Annual report of lunatic asylums [Bombay] - 1912-1922
Year: 1912
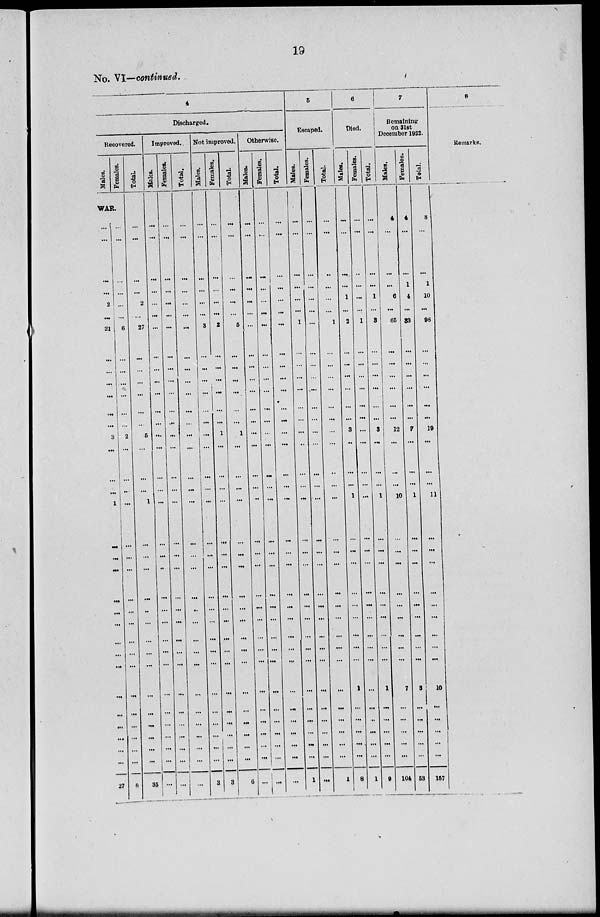
19
No. VI—continued.
4
Recovered.
Males.
Females.
WAR.
...
...
...
...
2
...
21
...
...
...
...
...
...
3
...
...
1
...
...
...
...
...
...
...
...
...
...
...
...
...
...
...
27
...
...
...
...
...
...
6
...
...
...
...
...
...
2
...
...
...
...
...
...
...
...
...
...
...
...
...
...
...
...
...
...
8
Total.
...
...
...
...
2
...
27
...
...
...
...
...
...
5
...
...
1
...
...
...
...
...
...
...
...
...
...
...
...
...
...
...
35
Discharged.
Improved.
Males.
...
...
...
...
...
...
...
...
...
...
...
...
...
...
...
...
...
...
...
...
...
...
...
...
...
...
...
...
...
...
...
...
...
Females.
...
...
...
...
...
...
...
...
...
...
...
...
...
...
...
...
...
...
...
...
...
...
...
...
...
...
...
...
...
...
...
...
...
Total.
...
...
...
...
...
...
...
...
...
...
...
...
...
...
...
...
...
...
...
...
...
...
...
...
...
...
...
...
...
...
...
...
...
Not improved.
Males.
...
...
...
...
...
...
3
...
...
...
...
...
...
...
...
...
...
...
...
...
...
...
...
...
...
...
...
...
...
...
...
...
3
Females.
...
...
...
...
...
...
2
...
...
...
...
...
...
1
...
...
...
...
...
...
...
...
...
...
...
...
...
...
...
...
...
...
3
Total.
...
...
...
...
...
...
5
...
...
...
...
...
...
1
...
...
...
...
...
...
...
...
...
...
...
...
...
...
...
...
...
...
6
Otherwise.
Males.
...
...
...
...
...
...
...
...
...
...
...
...
...
...
...
...
...
...
...
...
...
...
...
...
...
...
...
...
...
...
...
...
...
Females.
...
...
...
...
...
...
...
...
...
...
...
...
...
...
...
...
...
...
...
...
...
...
...
...
...
...
...
...
...
...
...
...
...
Total.
...
...
...
...
...
...
...
...
...
...
...
...
...
...
...
...
...
...
...
...
...
...
...
...
...
...
...
...
...
...
...
...
...
5
Escaped.
Males.
...
...
...
...
...
...
1
...
...
...
...
...
...
...
...
...
...
...
...
...
...
...
...
...
...
...
...
...
...
...
...
...
1
Females.
...
...
...
...
...
...
...
...
...
...
...
...
...
...
...
...
...
...
...
...
...
...
...
...
...
...
...
...
...
...
...
...
...
Total.
...
...
...
...
...
...
1
...
...
...
...
...
...
...
...
...
...
...
...
...
...
...
...
...
...
...
...
...
...
...
...
...
1
6
Died.
Males.
...
...
...
...
1
...
2
...
...
...
...
...
...
3
...
...
1
...
...
...
...
...
...
...
...
...
1
...
...
...
...
...
8
Females.
...
...
...
...
...
...
1
...
...
...
...
...
...
...
...
...
...
...
...
...
...
...
...
...
...
...
...
...
...
...
...
...
1
Total.
...
...
...
...
1
...
3
...
...
...
...
...
...
3
...
...
1
...
...
...
...
...
...
...
...
...
1
...
...
...
...
...
9
7
Remaining
on 31st
December 1922.
Males.
4
...
...
...
6
...
65
...
...
...
...
...
...
12
...
...
10
...
...
...
...
...
...
...
...
...
7
...
...
...
...
...
104
Females.
4
...
...
1
4
...
33
...
...
...
...
...
...
7
...
...
1
...
...
...
...
...
...
...
...
...
3
...
...
...
...
...
53
Total.
8
...
...
1
10
...
98
...
...
...
...
...
...
19
...
...
11
...
...
...
...
...
...
...
...
...
10
...
...
...
...
...
157
8
Remarks.